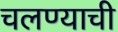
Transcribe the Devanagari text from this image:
चलण्याची